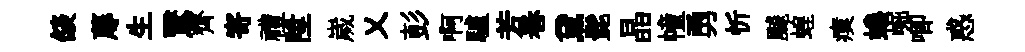
燄蓐生鷖齊寄禮陞嵗乂彭啊驢芳巻黛髭晶幢勇忻飇蝗瘼蜷崛唧惑